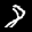
Label: 8